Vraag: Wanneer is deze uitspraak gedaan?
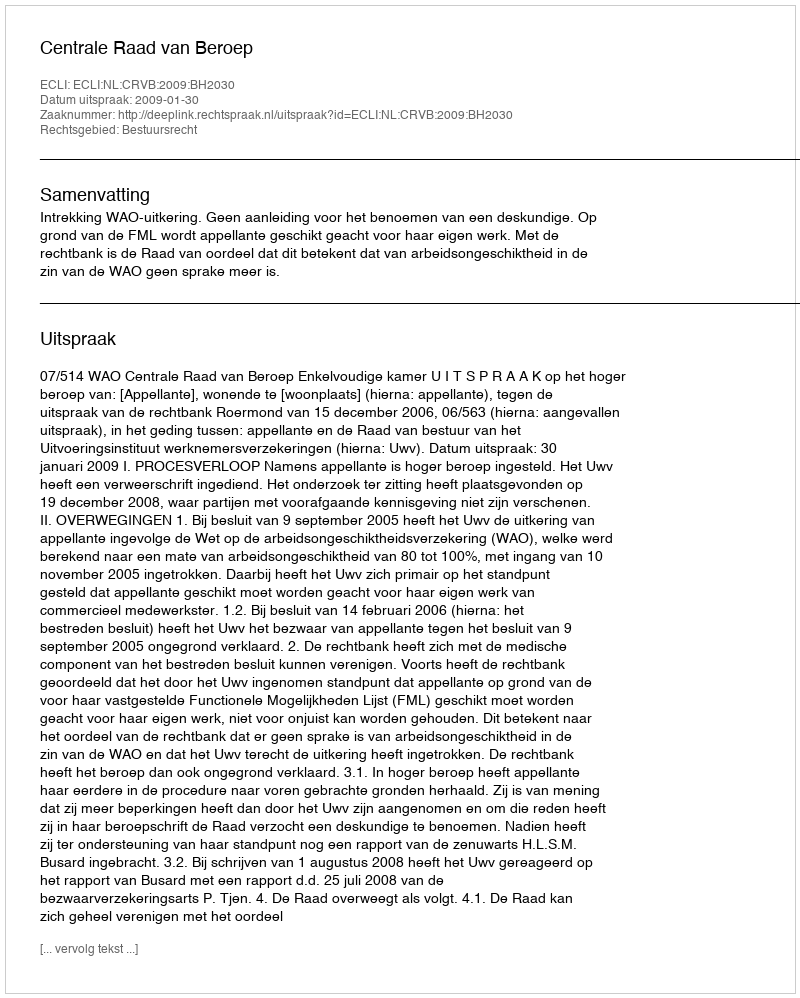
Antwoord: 2009-01-30